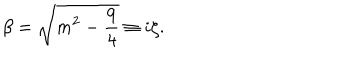
\beta = \sqrt { m ^ { 2 } - \frac { 9 } { 4 } } \equiv i \zeta .